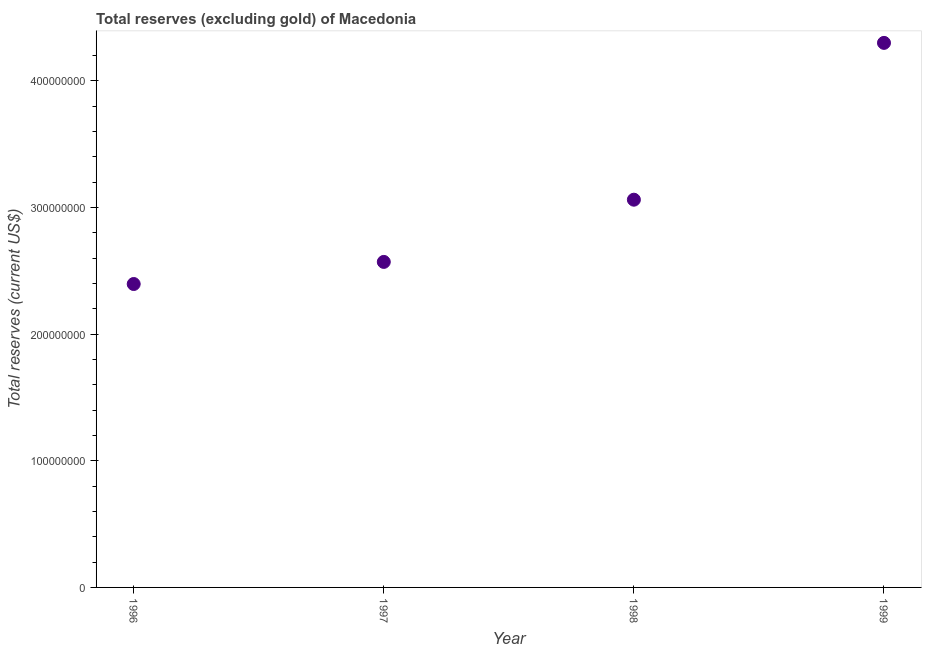
| Year | Total reserves minus gold (current US$) |
 | --- | --- |
 | 1996 | 2.4e+08 |
 | 1997 | 2.57e+08 |
 | 1998 | 3.06e+08 |
 | 1999 | 4.3e+08 |